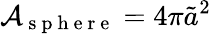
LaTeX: \mathcal{A}_{\mathrm{~s~p~h~e~r~e~}}=4\pi\tilde{a}^{2}